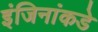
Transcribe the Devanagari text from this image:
इंजिनांकडे